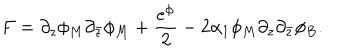
LaTeX: F = \partial _ { z } \phi _ { M } \partial _ { \bar { z } } \phi _ { M } + \frac { e ^ { \phi } } { 2 } - 2 \alpha _ { 1 } \phi _ { M } \partial _ { z } \partial _ { \bar { z } } \phi _ { B } .